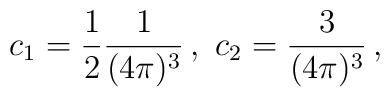
c_1=\frac{1}{2}\frac{1}{(4\pi)^3}\,,\,\,c_2=\frac{3}{(4\pi)^3}\,,